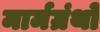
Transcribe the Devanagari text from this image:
मार्मग्रंथों